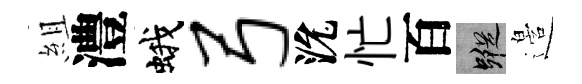
組澧蛾弓沇忙百蹤邉